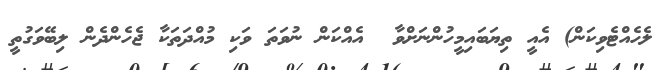
ލެހެއްޓެވިކަން) އެއީ ތިޔަބައިމީހުންނަށްވާ  އެއްކަން ނުވަތަ ވަކި މުއްދަތަކާ ޖެހެންދެން ލިބޭވަގުތީ